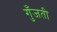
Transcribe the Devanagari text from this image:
गुँजती